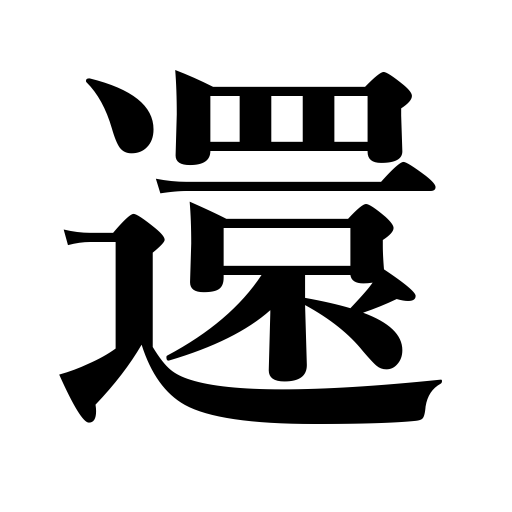
Meanings: come again,come around time,return,take one's leave